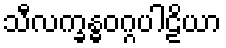
သီလက္ခန္ဓဝဂ္ဂပါဠိယာ